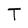
Character: T